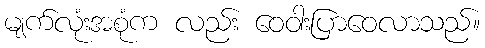
မျက်လုံးအစုံက လည်း ဝေဝါးပြာဝေလာသည်။